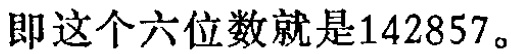
即这个六位数就是\(142857\)。